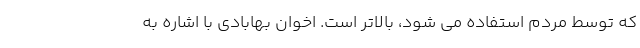
که توسط مردم استفاده می شود، بالاتر است. اخوان بهابادی با اشاره به